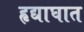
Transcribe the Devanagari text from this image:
हृद्याघात